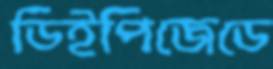
ডিইপিজেডে